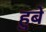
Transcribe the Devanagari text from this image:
हुबे